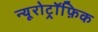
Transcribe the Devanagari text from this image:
न्यूरोट्रॉफ़िक